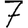
Digit: 7